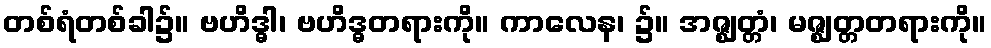
တစ်ရံတစ်ခါ၌။ ဗဟိဒ္ဓါ၊ ဗဟိဒ္ဓတရားကို။ ကာလေန၊ ၌။ အဇ္ဈတ္တံ၊ မဇ္ဈတ္တတရားကို။